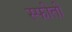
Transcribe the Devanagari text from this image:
स्फीती